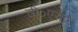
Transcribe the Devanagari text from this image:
वी०एस०